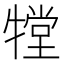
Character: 𤛋